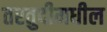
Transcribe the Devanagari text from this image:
तरतुदीमधील